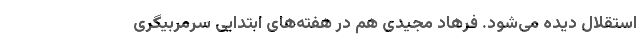
استقلال دیده می‌شود. فرهاد مجیدی هم در هفته‌های ابتدایی سرمربیگری